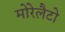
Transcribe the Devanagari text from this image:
मोरेलैटो